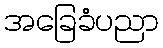
အခြေခံပညာ